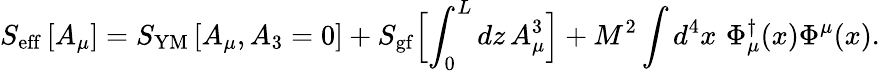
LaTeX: S_{\mathrm{eff}}\left[A_{\mu}\right]=S_{\mathrm{YM}}\left[A_{\mu},A_{3}=0\right]+S_{\mathrm{gf}}\Bigl[\int_{0}^{L}dz\, A_{\mu}^{3}\Bigr]+M^{2}\int d^{4}x\, \, \Phi_{\mu}^{\dagger}(x)\Phi^{\mu}(x).